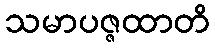
သမာပဇ္ဇထာတိ